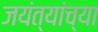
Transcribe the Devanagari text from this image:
जयंत्यांच्या